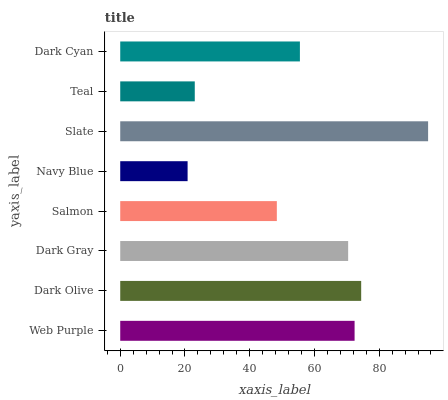
| yaxis_label | bars |
 | --- | --- |
 | Web Purple | 72.4 |
 | Dark Olive | 74.4 |
 | Dark Gray | 70.4 |
 | Salmon | 48.4 |
 | Navy Blue | 20.8 |
 | Slate | 95.1 |
 | Teal | 23 |
 | Dark Cyan | 55.5 |